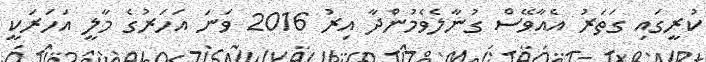
ކުރީގައި ގަތަރު އެއާވޭސް ގުނާލެވެމުންދާ އިރު 2016 ވަނަ އަހަރުގެ މާލީ އަހަރަކީ